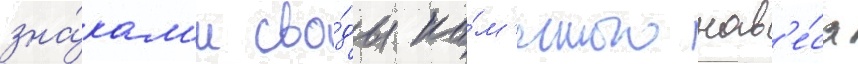
зна́кам'и сво́ды ка́м'енного нав'е́са